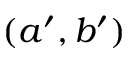
( a ^ { \prime } , b ^ { \prime } )